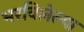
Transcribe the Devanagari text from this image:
भरविलेल्या